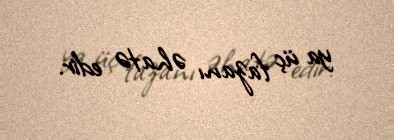
ya üç fazanı əhatə edir.